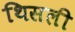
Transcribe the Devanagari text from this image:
थिसली